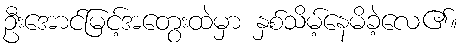
ဦးအောင်မြင့်အတွေးထဲမှာ နှစ်သိမ့်နေမိခဲ့လေ၏။